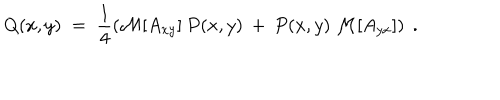
LaTeX: Q ( x , y ) \; = \; \frac { 1 } { 4 } \left( { \cal { M } } [ A _ { x y } ] \: P ( x , y ) \: + \: P ( x , y ) \: { \cal { M } } [ A _ { y x } ] \right) \; .